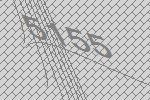
5155